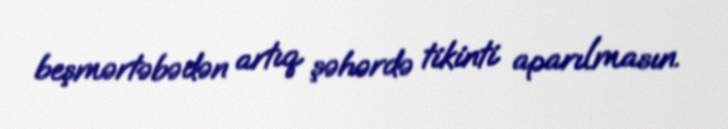
beşmərtəbədən artıq şəhərdə tikinti aparılmasın.